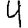
Digit: 4